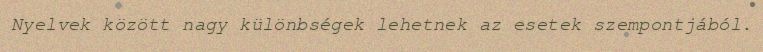
Nyelvek között nagy különbségek lehetnek az esetek szempontjából.